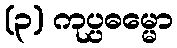
(၃) ကုပ္ပဓမ္မော